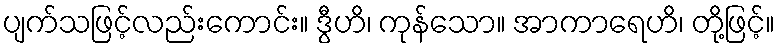
ပျက်သဖြင့်လည်းကောင်း။ ဒွီဟိ၊ ကုန်သော။ အာကာရေဟိ၊ တို့ဖြင့်။